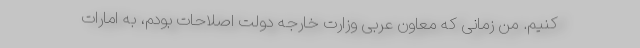
کنیم. من زمانی که معاون عربی وزارت خارجه دولت اصلاحات بودم، به امارات